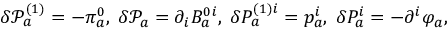
\delta \mathcal { P } _ { a } ^ { ( 1 ) } = - \pi _ { a } ^ { 0 } , \; \delta \mathcal { P } _ { a } = \partial _ { i } B _ { a } ^ { 0 i } , \; \delta P _ { a } ^ { ( 1 ) i } = p _ { a } ^ { i } , \; \delta P _ { a } ^ { i } = - \partial ^ { i } \varphi _ { a } ,